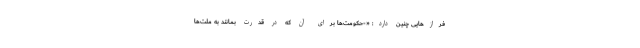
فرازهایی چنین دارد: «-حکومت‌ها برای آن که در قدرت بمانند به ملت‌ها